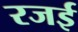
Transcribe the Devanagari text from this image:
रजई